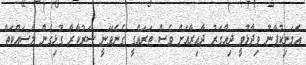
އެމަނިކުފާނު ވިދާޅުވީ ދިއްގަރު ދާއިރާއަށް ވެސް ތަރައްގީ ގެނެވޭނީ ސަރުކާރާ ގުޅިގެން މަސައްކަތް